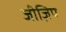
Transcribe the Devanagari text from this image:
जीज़िप